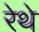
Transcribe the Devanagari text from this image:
रेथे